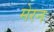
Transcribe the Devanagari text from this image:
मेरन